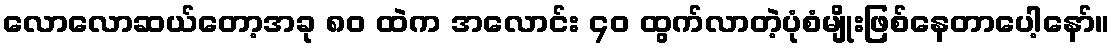
လောလောဆယ်တော့အခု ၈၀ ထဲက အလောင်း ၄၀ ထွက်လာတဲ့ပုံစံမျိုးဖြစ်နေတာပေါ့နော်။